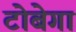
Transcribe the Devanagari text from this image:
टोबेगा